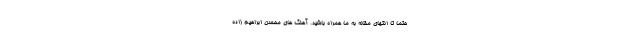
حتما تا انتهای مقاله به ما همراه باشید. آهنگ های محسن ابراهیم زاده